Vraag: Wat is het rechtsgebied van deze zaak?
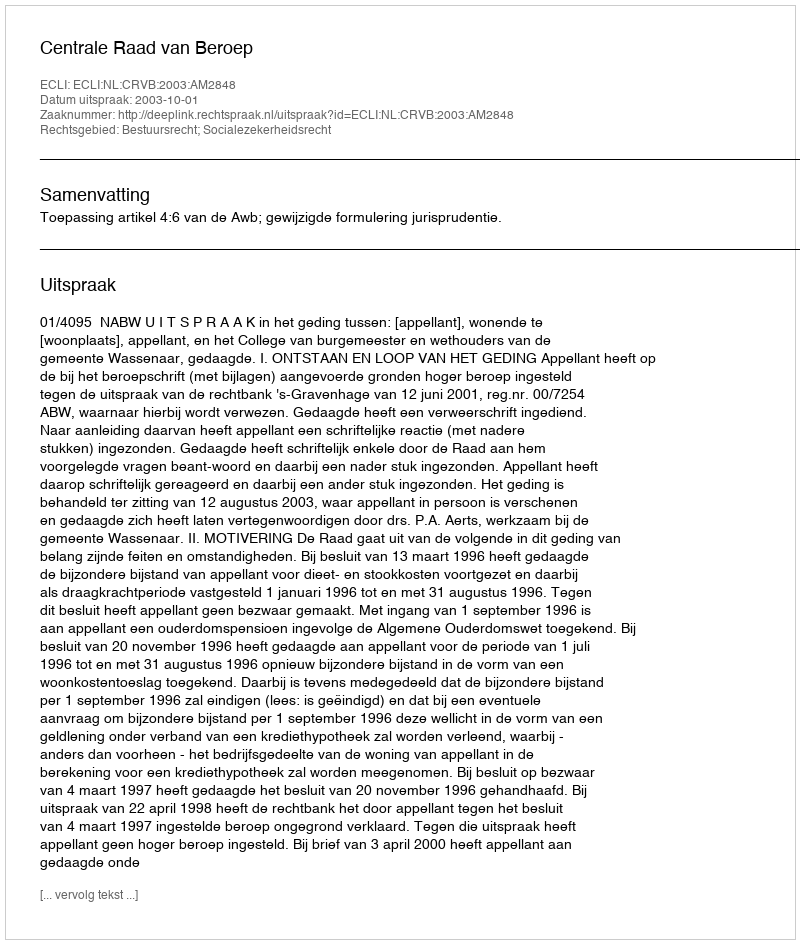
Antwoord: Bestuursrecht; Socialezekerheidsrecht